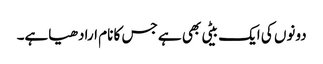
دونوں کی ایک بیٹی بھی ہے جس کا نام ارادھیاہے۔